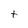
Character: t